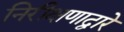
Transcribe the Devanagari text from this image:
निरीक्षणाद्वारे